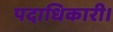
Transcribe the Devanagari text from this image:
पदाधिकारी।